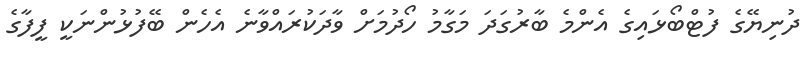
ދުނިޔޭގެ ފުޓްބޯޅައިގެ އެންމެ ބާރުގަދަ މަގާމު ހޯދުމަށް ވާދަކުރައްވާނެ އެހެން ބޭފުޅުންނަކީ ފީފާގެ